Medical and sanitary report of the native army of Madras for the year
Year: 1877
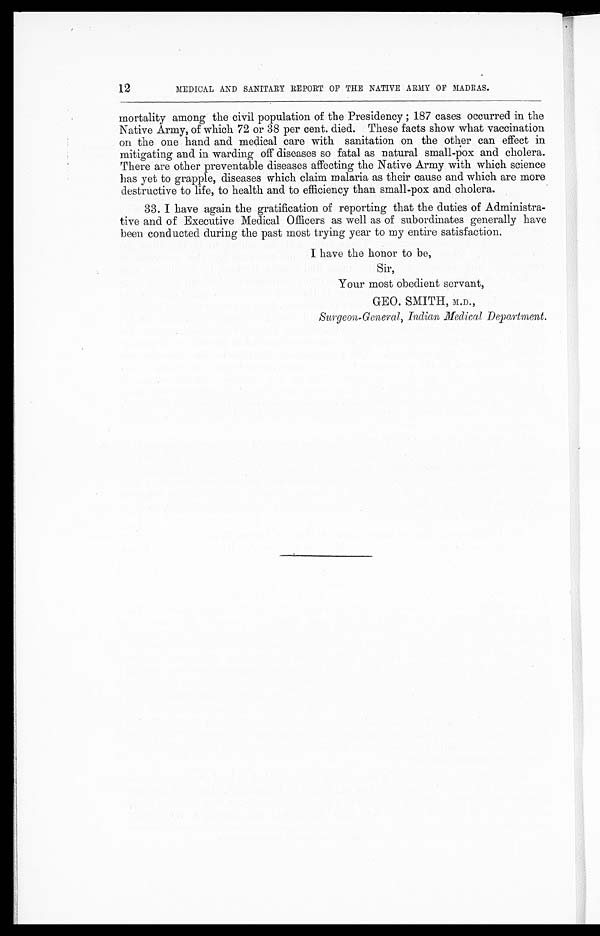
12
MEDICAL AND SANITARY REPORT OF THE NATIVE ARMY OF MADRAS.
mortality among the civil population of the Presidency; 187 cases occurred in the
Native Army, of which 72 or 38 per cent. died. These facts show what vaccination
on the one hand and medical care with sanitation on the other can effect in
mitigating and in warding off diseases so fatal as natural small-pox and cholera.
There are other preventable diseases affecting the Native Army with which science
has yet to grapple, diseases which claim malaria as their cause and which are more
destructive to life, to health and to efficiency than small-pox and cholera.
33. I have again the gratification of reporting that the duties of Administra
-tive and of Executive Medical Officers as well as of subordinates generally have
been conducted during the past most trying year to my entire satisfaction.
I have the honor to be,
Sir,
Your most obedient servant,
GEO. SMITH, M.D.,
Surgeon-General, Indian Medical Department.